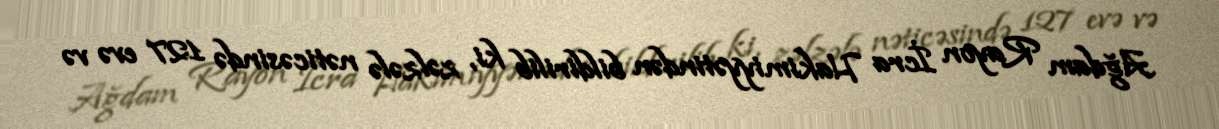
Ağdam Rayon İcra Hakimiyyətindən bildirilib ki, zəlzələ nəticəsində 127 evə və